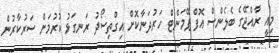
މިއީ ރާއްޖޭގެ ބެލެންސް އޮފް ޕޭމަންޓް ހަރުދަނާކޮށް އިގްތިސޯދު ރަނގަޅު ކުރުމަށް ސަރުކާރުން